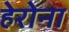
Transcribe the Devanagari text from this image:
हेरोना